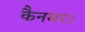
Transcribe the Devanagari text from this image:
कैनमर।